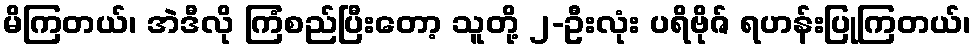
မိကြတယ်၊ အဲဒီလို ကြံစည်ပြီးတော့ သူတို့ ၂-ဦးလုံး ပရိဗိုဇ် ရဟန်းပြုကြတယ်၊